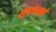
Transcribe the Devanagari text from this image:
शेवचेनको